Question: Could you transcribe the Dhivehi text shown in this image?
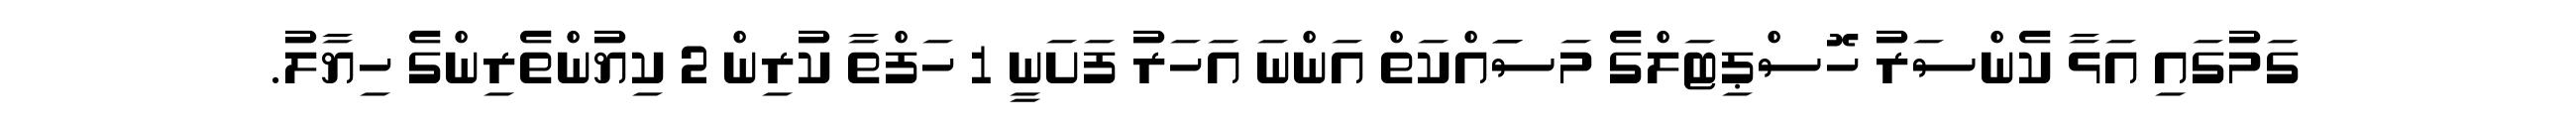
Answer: ގަމުގައި އަޅާ ކެންސަރު ހޮސްޕިޓަލްގެ މަސަައްކަތް އަންނަ އަހަރު ފަށަނީ 1 ހަފްތާ ކުރިން 2 ކިޔުންތެރިންގެ ހިޔާލު.